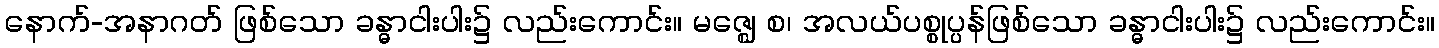
နောက်-အနာဂတ် ဖြစ်သော ခန္ဓာငါးပါး၌ လည်းကောင်း။ မဇ္ဈေ စ၊ အလယ်ပစ္စုပ္ပန်ဖြစ်သော ခန္ဓာငါးပါး၌ လည်းကောင်း။